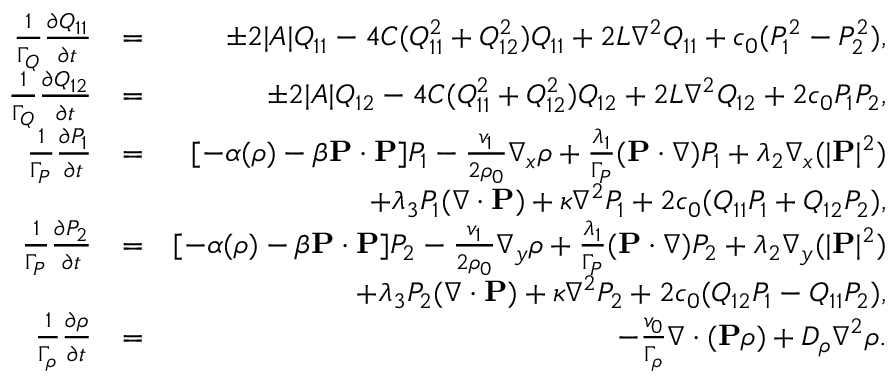
\begin{array} { r l r } { \frac { 1 } { \Gamma _ { Q } } \frac { \partial Q _ { 1 1 } } { \partial t } } & { = } & { \pm 2 | A | Q _ { 1 1 } - 4 C ( Q _ { 1 1 } ^ { 2 } + Q _ { 1 2 } ^ { 2 } ) Q _ { 1 1 } + 2 L \nabla ^ { 2 } Q _ { 1 1 } + c _ { 0 } ( P _ { 1 } ^ { 2 } - P _ { 2 } ^ { 2 } ) , } \\ { \frac { 1 } { \Gamma _ { Q } } \frac { \partial Q _ { 1 2 } } { \partial t } } & { = } & { \pm 2 | A | Q _ { 1 2 } - 4 C ( Q _ { 1 1 } ^ { 2 } + Q _ { 1 2 } ^ { 2 } ) Q _ { 1 2 } + 2 L \nabla ^ { 2 } Q _ { 1 2 } + 2 c _ { 0 } P _ { 1 } P _ { 2 } , } \\ { \frac { 1 } { \Gamma _ { P } } \frac { \partial P _ { 1 } } { \partial t } } & { = } & { [ - \alpha ( \rho ) - \beta { \bf P } \cdot { \bf P } ] P _ { 1 } - \frac { v _ { 1 } } { 2 \rho _ { 0 } } \nabla _ { x } \rho + \frac { \lambda _ { 1 } } { \Gamma _ { P } } ( { \bf P } \cdot \nabla ) P _ { 1 } + \lambda _ { 2 } \nabla _ { x } ( | { \bf P } | ^ { 2 } ) } \\ & { } & { + \lambda _ { 3 } P _ { 1 } ( \nabla \cdot { \bf P } ) + \kappa \nabla ^ { 2 } P _ { 1 } + 2 c _ { 0 } ( Q _ { 1 1 } P _ { 1 } + Q _ { 1 2 } P _ { 2 } ) , } \\ { \frac { 1 } { \Gamma _ { P } } \frac { \partial P _ { 2 } } { \partial t } } & { = } & { [ - \alpha ( \rho ) - \beta { \bf P } \cdot { \bf P } ] P _ { 2 } - \frac { v _ { 1 } } { 2 \rho _ { 0 } } \nabla _ { y } \rho + \frac { \lambda _ { 1 } } { \Gamma _ { P } } ( { \bf P } \cdot \nabla ) P _ { 2 } + \lambda _ { 2 } \nabla _ { y } ( | { \bf P } | ^ { 2 } ) } \\ & { } & { + \lambda _ { 3 } P _ { 2 } ( \nabla \cdot { \bf P } ) + \kappa \nabla ^ { 2 } P _ { 2 } + 2 c _ { 0 } ( Q _ { 1 2 } P _ { 1 } - Q _ { 1 1 } P _ { 2 } ) , } \\ { \frac { 1 } { \Gamma _ { \rho } } \frac { \partial \rho } { \partial t } } & { = } & { - \frac { v _ { 0 } } { \Gamma _ { \rho } } \nabla \cdot ( { \bf P } \rho ) + D _ { \rho } \nabla ^ { 2 } \rho . } \end{array}